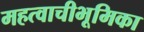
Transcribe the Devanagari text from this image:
महत्वाचीभूमिका